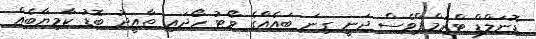
ޑޮނަލްޑް ޓްރަމްޕްވެސް ދަނީ ގިނަ ބައެއްގެ ވޯޓު ހޯދައި ތާއީދު ބޮޑު ކާމިޔާބެއް